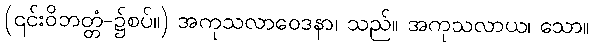
(၎င်းဝိဘတ္တံ-၌စပ်။) အကုသလာဝေဒနာ၊ သည်။ အကုသလာယ၊ သော။